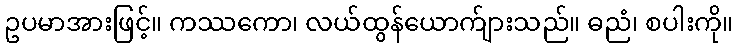
ဥပမာအားဖြင့်။ ကဿကော၊ လယ်ထွန်ယောက်ျားသည်။ ဓညံ၊ စပါးကို။